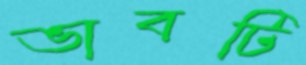
ভাবটি